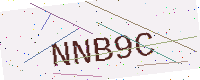
Text: NNB9C